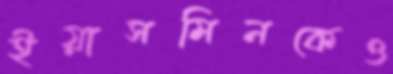
ইয়াসমিনকেও